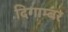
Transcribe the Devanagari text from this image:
दिगाम्बर